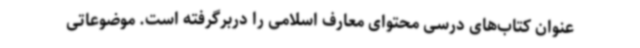
عنوان کتاب‌های درسی محتوای معارف اسلامی را دربرگرفته است. موضوعاتی